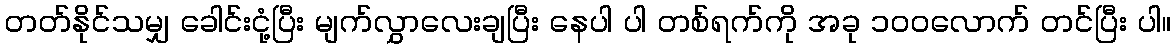
တတ်နိုင်သမျှ ခေါင်းငုံ့ပြီး မျက်လွှာလေးချပြီး နေပါ ပါ တစ်ရက်ကို အခု ၁၀၀လောက် တင်ပြီး ပါ။